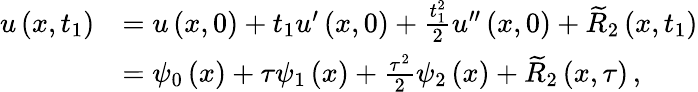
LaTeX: \begin{array}{rl}{{u}\left(x,{t}_{1}\right)}&{={u}\left(x,0\right)+{{t}_{1}}{u}^{{\prime}}\left(x,0\right)+\frac{{t}_{1}^{2}}{2}{u}^{{\prime}{\prime}}\left(x,0\right)+{\widetilde R}_{2}\left(x,{t}_{1}\right)}\\ &{={\psi}_{0}\left(x\right)+{\tau}{\psi}_{1}\left(x\right)+\frac{{\tau}^{2}}{2}{\psi}_{2}\left(x\right)+{\widetilde R}_{2}\left(x,{\tau}\right)\, ,}\end{array}